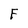
Character: F